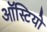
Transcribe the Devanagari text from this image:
ऑस्टियो